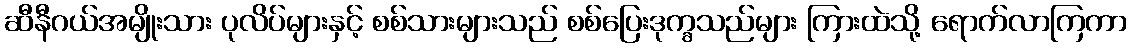
ဆီနီဂယ်အမျိုးသား ပုလိပ်များနှင့် စစ်သားများသည် စစ်ပြေးဒုက္ခသည်များ ကြားထဲသို့ ရောက်လာကြကာ